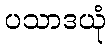
ပသာဒယုံ